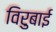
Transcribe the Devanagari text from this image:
विरुबाई